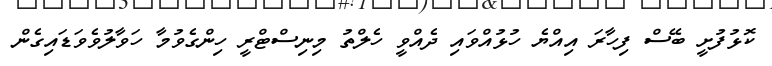
ކޮޅުފުށީ ބޭސް ފިހާރަ އިއްޔެ ހުޅުއްްވައި ދެއްވީ ހެލްތު މިނިސްޓްރީ ހިންގެވުމާ ހަވާލުވެވަޑައިގެން